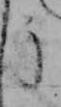
う